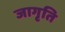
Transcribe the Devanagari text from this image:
जागृति